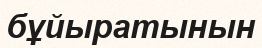
бұйыратынын